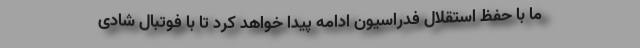
ما با حفظ استقلال فدراسیون ادامه پیدا خواهد کرد تا با فوتبال شادی